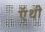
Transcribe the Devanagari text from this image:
ऍथी